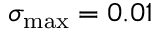
\sigma _ { \mathrm { m a x } } = 0 . 0 1